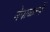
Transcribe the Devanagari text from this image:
नेपाळतर्फे